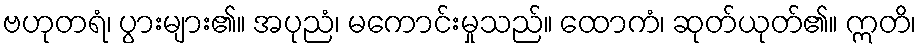
ဗဟုတရံ၊ ပွားများ၏။ အပုညံ၊ မကောင်းမှုသည်။ ထောကံ၊ ဆုတ်ယုတ်၏။ ဣတိ၊